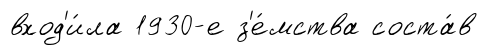
вход'и́ла 1930-е з'е́мства соста́в